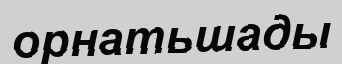
орнатьшады